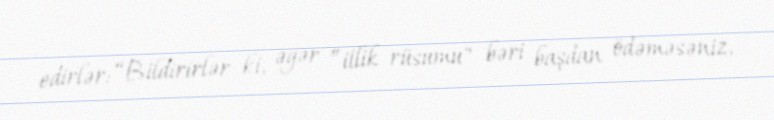
edirlər: “Bildirirlər ki, əgər ”illik rüsumu" bəri başdan ödəməsəniz,